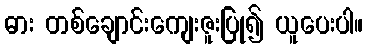
ဓား တစ်ချောင်းကျေးဇူးပြု၍ ယူပေးပါ။